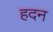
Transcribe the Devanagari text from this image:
हदन